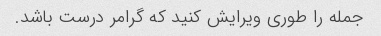
جمله را طوری ویرایش کنید که گرامر درست باشد.